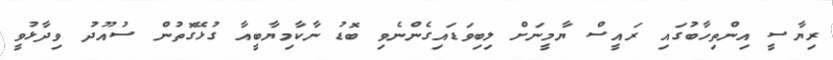
ރިޔާސީ އިންތިހާބުގައި ރައީސް ޔާމީނަށް ލިބިވަޑައިގެންނެވި ބޮޑު ނާކާމިޔާބީއާ ގުޅޭގޮތުން ސުއޫދު ވިދާޅުވީ